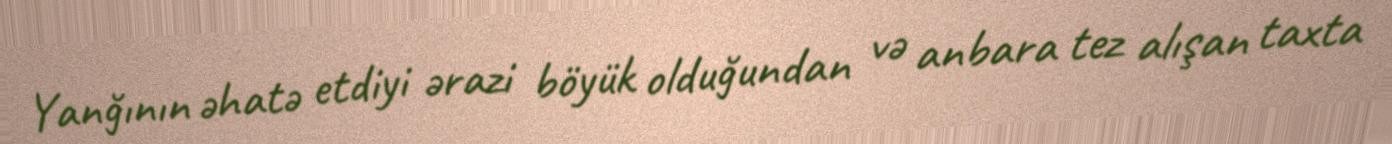
Yanğının əhatə etdiyi ərazi böyük olduğundan və anbara tez alışan taxta